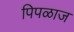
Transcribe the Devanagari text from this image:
पिपळाज